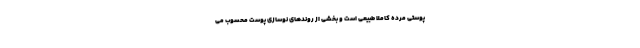
پوستی مرده کاملا طبیعی است و بخشی از روندهای نوسازی پوست محسوب می